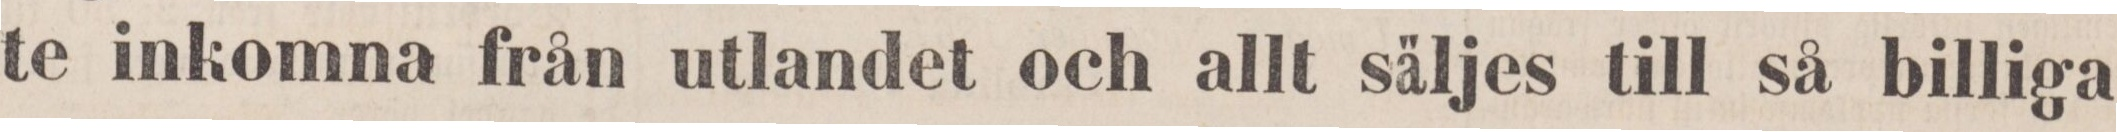
te inkomna från utlandet och allt säljes till så billiga